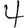
Digit: 4